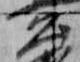
公